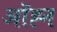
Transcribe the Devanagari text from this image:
ऑह्न